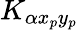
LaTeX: K_{\alpha x_{p}y_{p}}